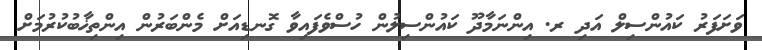
ވަށަފަރު ކައުންސިލް އަދި ރ. އިންނަމާދޫ ކައުންސިލުން ހުސްވެފައިވާ ގޮނޑިއަށް މެންބަރުން އިންތިޚާބުކުރުމަށް